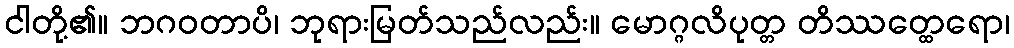
ငါတို့၏။ ဘဂဝတာပိ၊ ဘုရားမြတ်သည်လည်း။ မောဂ္ဂလိပုတ္တ တိဿတ္ထေရော၊